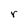
Character: r